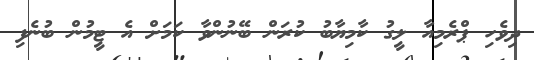
ދިވެހި ޕްރެމިއާ ލީގު ކާމިޔާބު ކުރަން ބޭނުންވާ ކަމަށް އެ ޓީމުން ބުނެފި